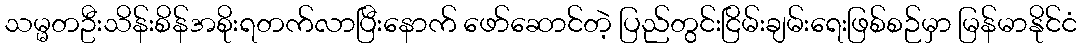
သမ္မတဦးသိန်းစိန်အစိုးရတက်လာပြီးနောက် ဖော်ဆောင်တဲ့ ပြည်တွင်းငြိမ်းချမ်းရေးဖြစ်စဉ်မှာ မြန်မာနိုင်ငံ